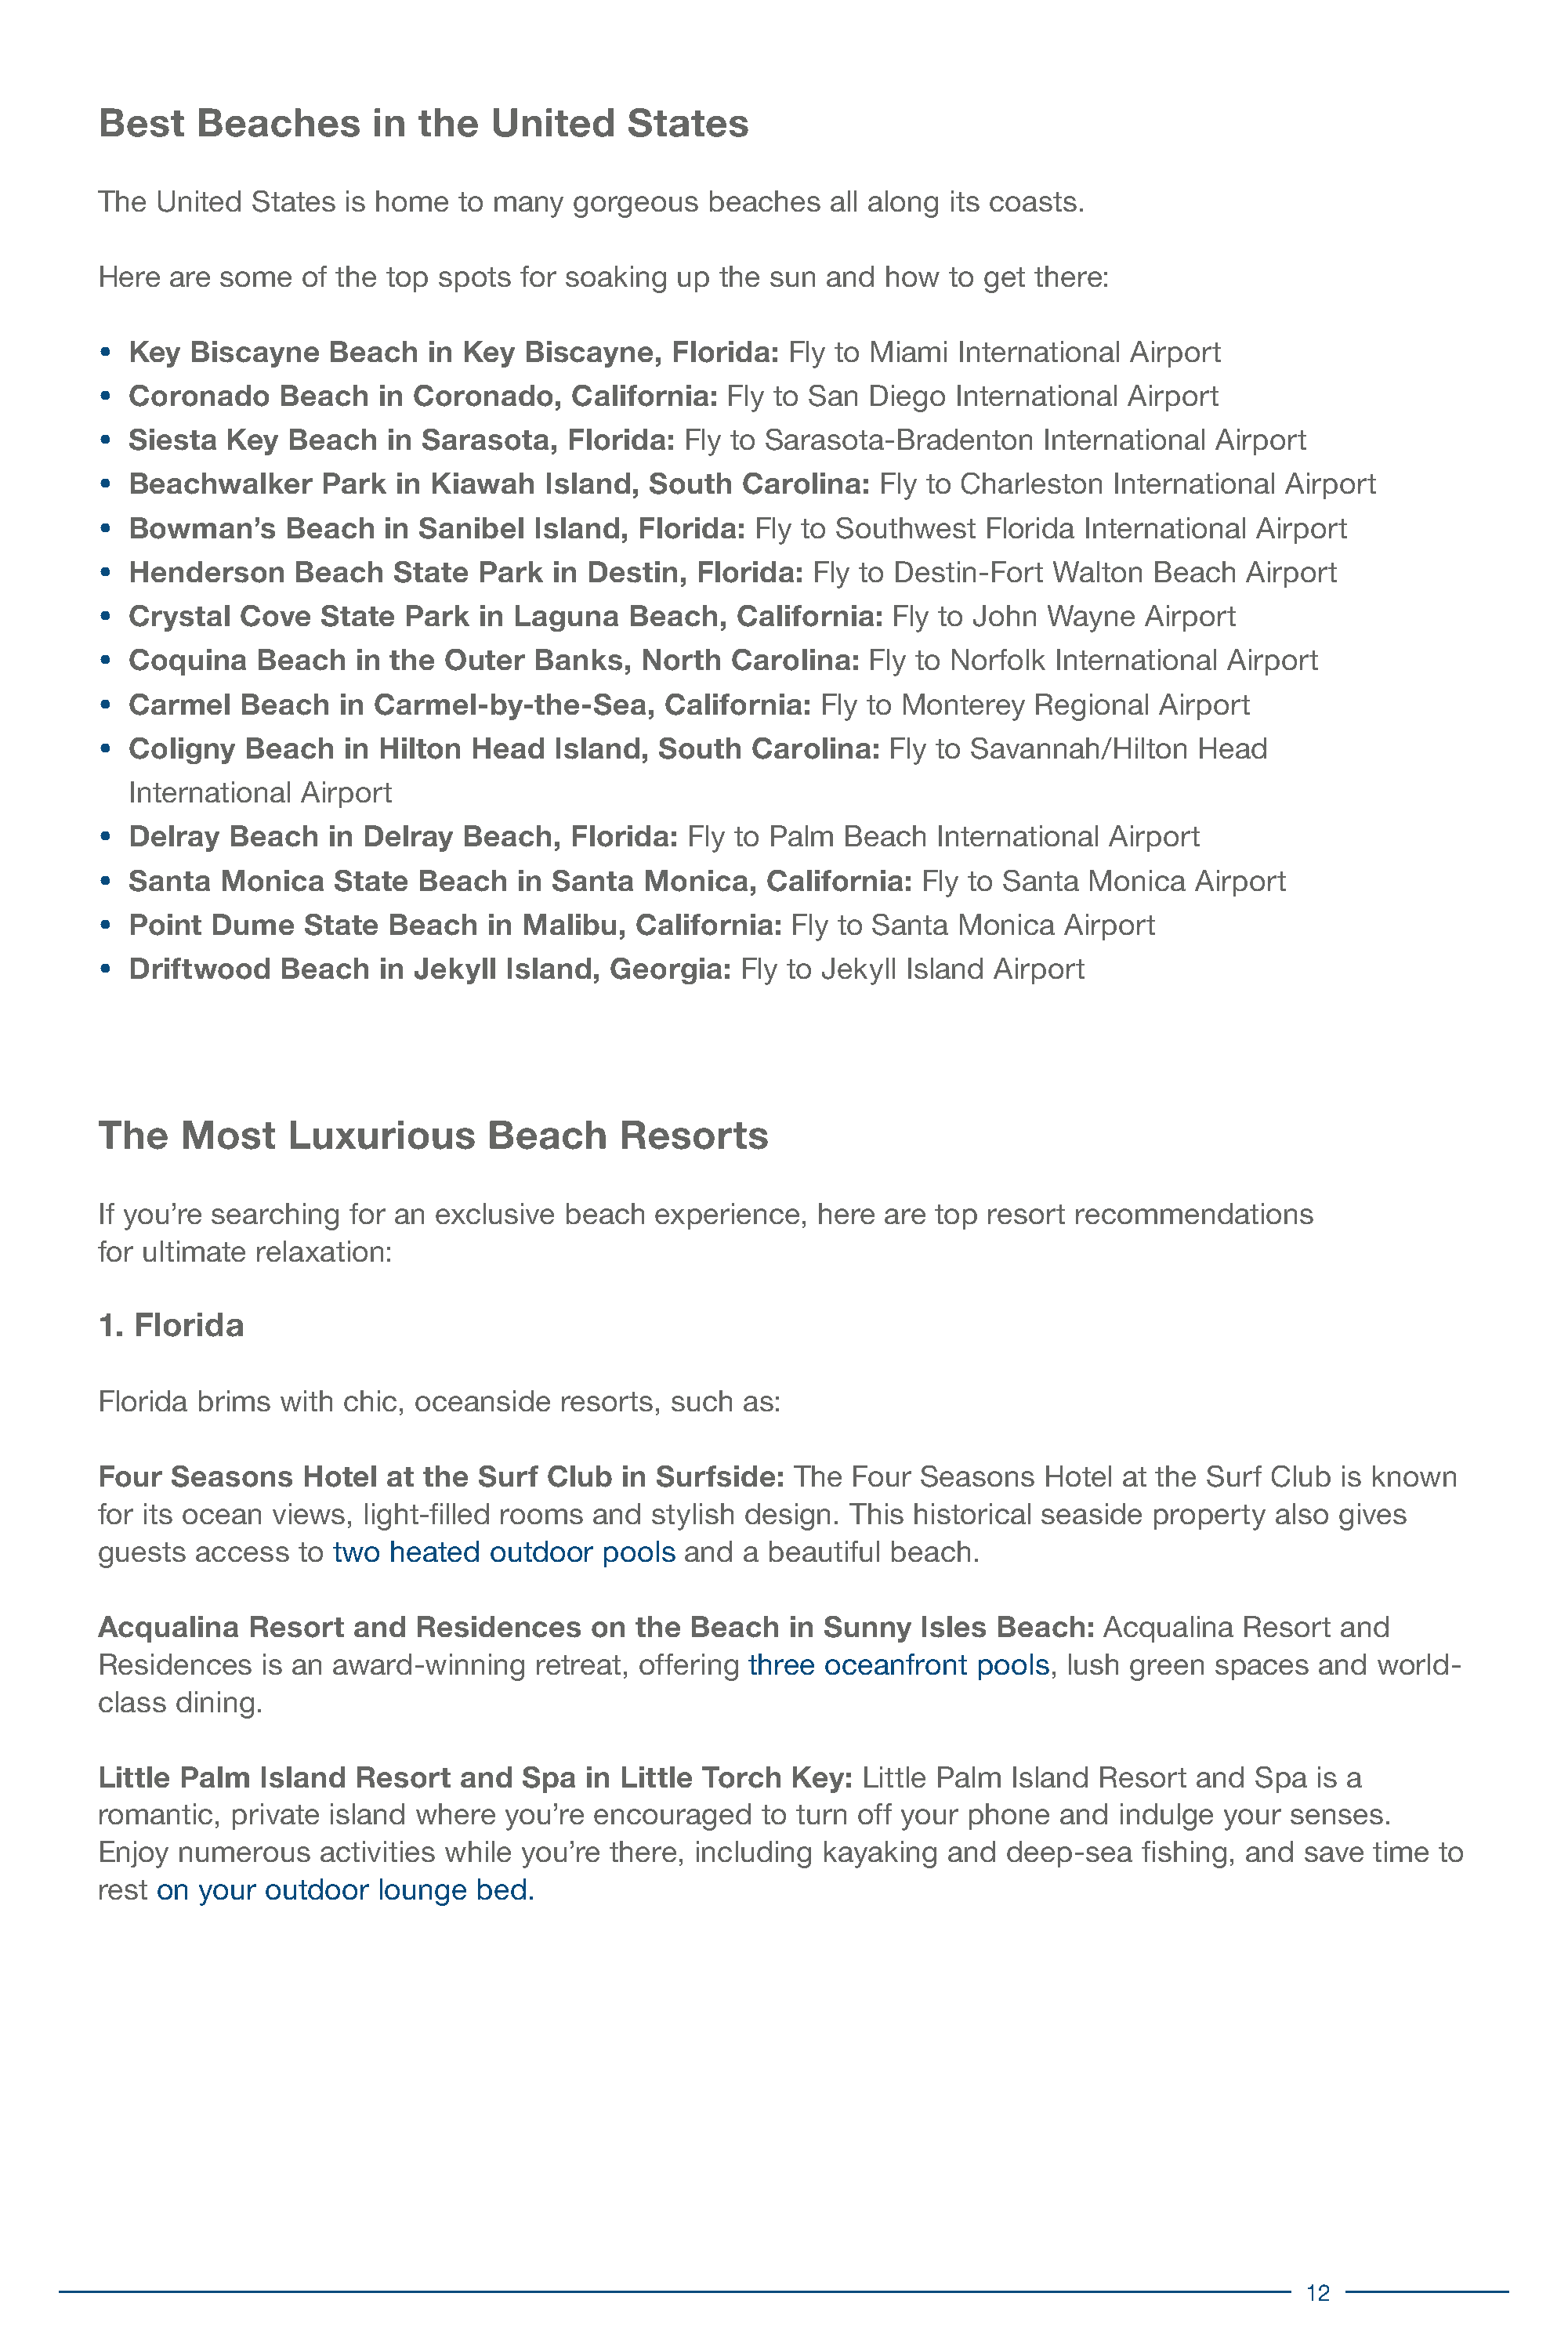
Best     Beaches       in  the   United      States
 The  United  States  is home   to many  gorgeous    beaches   all along its coasts.
 Here  are  some   of the top spots  for soaking  up  the sun  and  how  to get there:
 •  Key  Biscayne    Beach   in Key  Biscayne,    Florida:  Fly to Miami  International Airport
 •  Coronado     Beach   in Coronado,    California:  Fly to San  Diego   International Airport
 •  Siesta  Key  Beach    in Sarasota,   Florida:  Fly to Sarasota-Bradenton     International  Airport
 •  Beachwalker     Park  in Kiawah    Island,  South   Carolina:  Fly to Charleston   International  Airport
 •  Bowman’s     Beach   in Sanibel   Island,  Florida:  Fly to Southwest   Florida  International Airport
 •  Henderson     Beach   State  Park   in Destin,  Florida:  Fly to Destin-Fort  Walton  Beach   Airport
 •  Crystal  Cove   State  Park  in Laguna    Beach,   California:  Fly to John  Wayne    Airport
 •  Coquina    Beach   in the  Outer  Banks,   North   Carolina:  Fly to Norfolk  International  Airport
 •  Carmel   Beach    in Carmel-by-the-Sea,      California:  Fly to Monterey   Regional   Airport
 •  Coligny   Beach   in Hilton  Head   Island,  South  Carolina:   Fly to Savannah/Hilton    Head
 International Airport
 •  Delray  Beach    in Delray  Beach,   Florida:  Fly to Palm  Beach   International  Airport
 •  Santa   Monica   State  Beach    in Santa  Monica,    California:  Fly to Santa  Monica   Airport
 •  Point  Dume    State  Beach   in Malibu,   California:  Fly to Santa  Monica   Airport
 •  Driftwood    Beach   in Jekyll  Island, Georgia:    Fly to Jekyll Island Airport
 The    Most     Luxurious        Beach      Resorts
 If you’re searching   for an exclusive  beach  experience,   here  are top resort  recommendations
 for ultimate  relaxation:
 1. Florida
 Florida  brims  with chic, oceanside   resorts,  such  as:
 Four  Seasons     Hotel  at the Surf  Club   in Surfside:  The  Four  Seasons   Hotel  at the Surf Club  is known
 for its ocean  views,  light-filled rooms and  stylish design.  This historical seaside  property   also gives
 guests   access  to two  heated  outdoor   pools  and  a beautiful beach.
 Acqualina    Resort   and  Residences     on  the Beach    in Sunny   Isles Beach:   Acqualina   Resort  and
 Residences    is an award-winning    retreat, offering three  oceanfront  pools,  lush green   spaces  and  world-
 class  dining.
 Little Palm   Island  Resort   and  Spa  in Little Torch   Key:  Little Palm Island  Resort  and  Spa  is a
 romantic,   private island where   you’re encouraged    to turn off your  phone  and  indulge  your  senses.
 Enjoy  numerous    activities while you’re  there, including kayaking   and  deep-sea   fishing, and  save  time  to
 rest on  your outdoor   lounge  bed.
 12